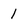
Character: 1